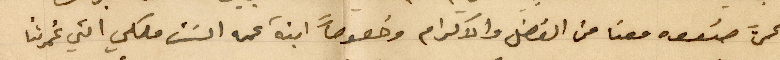
عمَّن صنعه معنا من الفضل والاكرام وخصوصاً ابنة عمه الست ملكي التي غمرتنا